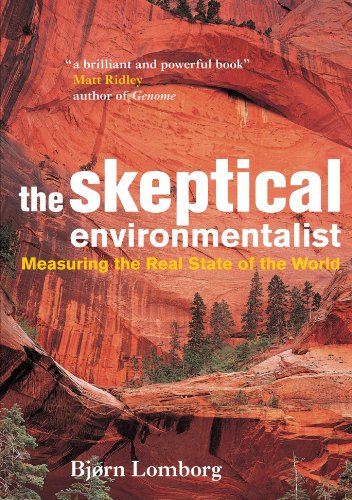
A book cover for The Skeptical Environmentalist: Measuring the Real State of the World; BjÃ¸rn Lomborg; Business & Money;